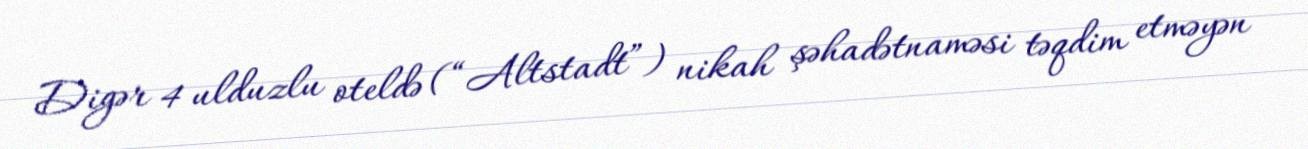
Digər 4 ulduzlu oteldə (“Altstadt”) nikah şəhadətnaməsi təqdim etməyən